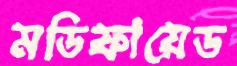
মডিফায়েড